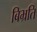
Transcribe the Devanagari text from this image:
बिभ्रति